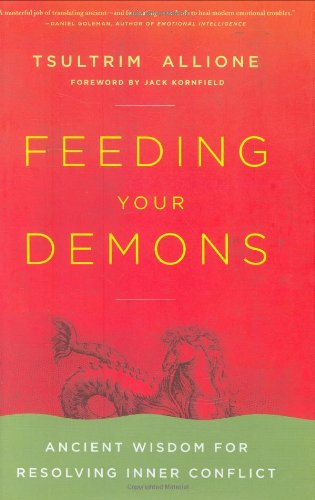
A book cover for Feeding Your Demons: Ancient Wisdom for Resolving Inner Conflict; Tsultrim Allione; Religion & Spirituality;